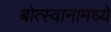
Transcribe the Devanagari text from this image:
बोत्स्वानामध्ये